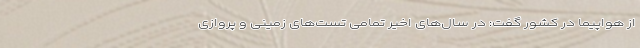
از هواپیما در کشور گفت: در سال‌های اخیر تمامی تست‌های زمینی و پروازی